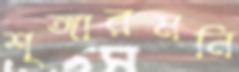
শৃঙ্গারমনি